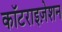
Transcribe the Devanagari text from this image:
कॉटराइज़ेशन